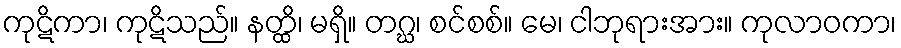
ကုဋိကာ၊ ကုဋိသည်။ နတ္ထိ၊ မရှိ။ တဂ္ဃ၊ စင်စစ်။ မေ၊ ငါဘုရားအား။ ကုလာဝကာ၊